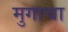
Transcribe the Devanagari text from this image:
मुगाचा